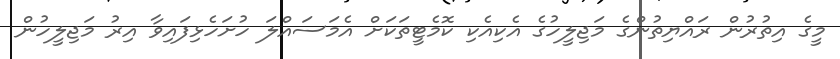
މީގެ އިތުރުން ރައްޔިތުންގެ މަޖިލީހުގެ އެކިއެކި ކޮމެޓީތަކަށް އެމަސައްލަ ހުށަހެޅިފައިވާ އިރު މަޖިލީހުން